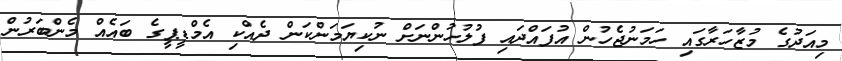
މިއަދުގެ މުޒާހަރާގައި ހަމަނުޖެހުން އުފައްދައި ފުލުހުންނަށް ނުކިޔަމަންކަން ދެއްކި އެމްޑީޕީގެ ބައެއް މެންބަރުން